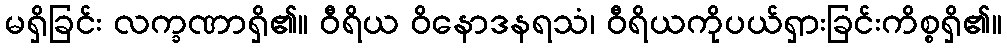
မရှိခြင်း လက္ခဏာရှိ၏။ ဝီရိယ ဝိနောဒနရသံ၊ ဝီရိယကိုပယ်ရှားခြင်းကိစ္စရှိ၏။